Summary of further report on surra
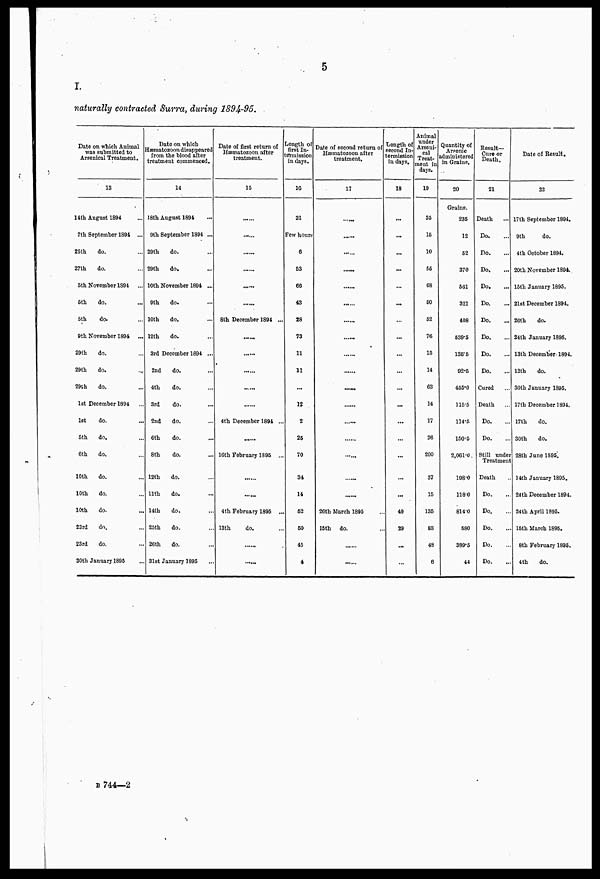
5
I.
naturally contracted Surra, during 1894.-95.
Date on which Animal
was submitted to
Arsenical Treatment.
13
14th August 1894
7th September 1894 ...
25th
do.
27th
do.
5th November 1894
...
6th
do.
5th
do.
9th November 1894 ...
29th
do.
29th
do.
29th
do.
1st December 1894
1st
do.
5th
do.
6th
do.
10th
do.
10th
do.
10th
do.
23rd
do.
23rd
do.
30th January 1895
Date on which
Hæmatozoon disappeared
from the blood alter
treatment commenced.
14
18th August 1894
9th September 1894 ...
29th
do.
29th
do.
10th November 1894 ...
9th
do.
10th
do.
12th
do.
3rd December 1894 ...
2nd
do.
4th
do.
3rd
do.
2nd
do.
6th
do.
8th
do.
12th
do.
11th
do.
14th
do.
25th
do.
26th
do.
31st January 1895
Date of first return of
Hæmatozoon after
treatment.
15
8th December 1894 ...
4th December 1894 ...
16th February 1895 ...
4th February 1895 ...
13th
do.
Length of
first In-
termission
days.
16
31
Few hours
6
53
66
43
28
73
11
11
...
12
2
25
70
34
14
62
60
45
4
Date of second return of
Hæmatozoon after
treatment.
17
......
......
26th March 1895
15th
do
Length of
second In-
termission
in days.
18
...
...
...
...
...
...
...
...
...
...
...
...
...
...
...
49
29
...
Animal
under
Arsenical
Treat -
meat in
days.
19
35
15
10
55
68
50
52
76
15
14
63
14
17
26
200
37
15
135
83
48
6
Quantity of
Arsenic
administered
in Grains.
20
Grains.
235
12
52
370
561
321
408
539.5
135. 5
92.5
455.0
115.5
114.5
150.5
2,061.0.
198.0
1180
814.0
580
389.5
44
Result—
Cure or
Death.
21
Death
Do.
Do.
Do.
Do.
Do.
Do.
Do.
Do.
Do.
Cured
Death
Do.
Do.
Still nnder
Treatment
Death
Do.
Do.
Do.
Do.
Do.
Date of Result,
22
17th September 1894.
9th
do.
4th October 1894.
20th November 1894
15th January 1895.
21st December 1894.
26th
do.
24th January 1895.
13th December-1894.
12th
do.
30th January 1895.
17th December 1894.
17th
do.
30th
do.
28th June 1895.
14th January 1895.
24th December 1894.
24th April 1895.
15th March 1895.
8th February 1895.
4th
do.